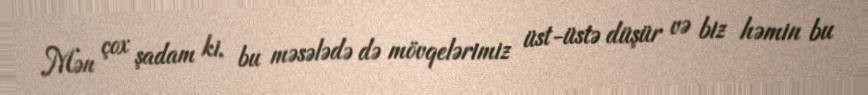
Mən çox şadam ki, bu məsələdə də mövqelərimiz üst-üstə düşür və biz həmin bu